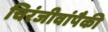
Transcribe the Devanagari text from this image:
चिरंजीवांपैकी